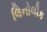
લિનોલીક